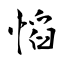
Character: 慆